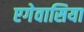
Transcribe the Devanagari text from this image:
एगेवासिया